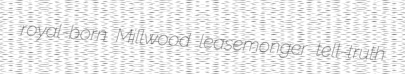
royal-born Millwood leasemonger tell-truth